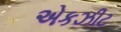
એકઝીટ